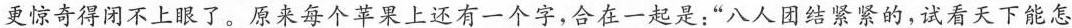
更惊奇得闭不上很了。原来每个上还有一个字，合在-起是；”八人团结紧紧的，试看天下能